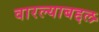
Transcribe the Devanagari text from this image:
वारल्याबद्दल